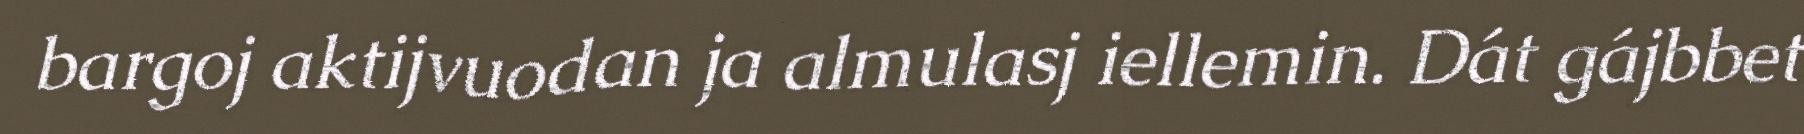
bargoj aktijvuodan ja almulasj iellemin. Dát gájbbet